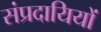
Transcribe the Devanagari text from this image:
संप्रदायियों